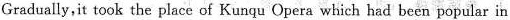
Gradually,it took the place of Kunqu Opera which had been popular in